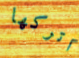
اتركها